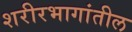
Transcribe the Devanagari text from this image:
शरीरभागांतील